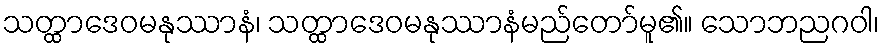
သတ္ထာဒေဝမနုဿာနံ၊ သတ္ထာဒေဝမနုဿာနံမည်တော်မူ၏။ သောဘညဂဝါ၊